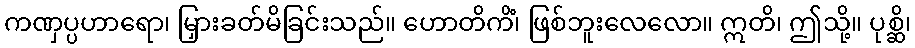
ကဏှပ္ပဟာရော၊ မြှားခတ်မိခြင်းသည်။ ဟောတိကိံ၊ ဖြစ်ဘူးလေလော။ ဣတိ၊ ဤသို့။ ပုစ္ဆိ၊